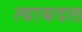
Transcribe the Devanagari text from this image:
त्याबदल